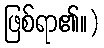
ဖြစ်ရာ၏။)